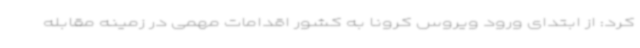
کرد: از ابتدای ورود ویروس کرونا به کشور اقدامات مهمی در زمینه مقابله